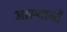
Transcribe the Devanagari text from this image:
आस्थानों